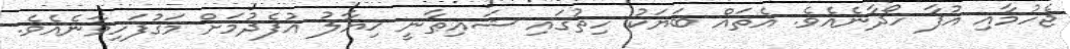
ޖެހުމާއި އުފާ ހޯދާނެއެވެ. އެތައް ބަޔަކު ހިތުގައި ޝައިޠާނީ ޚިޔާލު އުފެދުމަށް މަގުފަހިވާނެއެވެ.